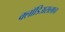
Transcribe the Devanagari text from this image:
क्लॉडिअसलाच